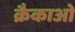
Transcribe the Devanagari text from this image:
क्रैकाओ